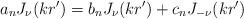
LaTeX: \begin{align*}a_n J_{\nu}(k r') =b_n J_{\nu}(k r') + c_n J_{-\nu}(k r')\end{align*}